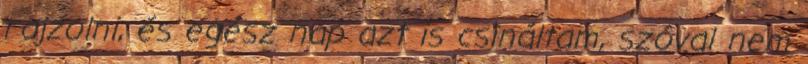
rajzolni, és egész nap azt is csináltam, szóval nem